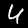
Label: 4